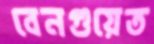
বেনগুয়েত